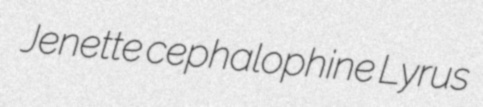
Jenette cephalophine Lyrus